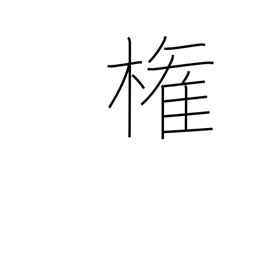
Meaning: authority